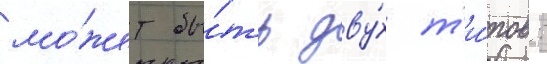
мо́жет бы́ть дву́х т'и́пов: